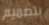
بتصميم